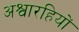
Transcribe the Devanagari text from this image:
अश्वारहियों